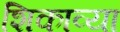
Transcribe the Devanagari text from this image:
शिकाव्या